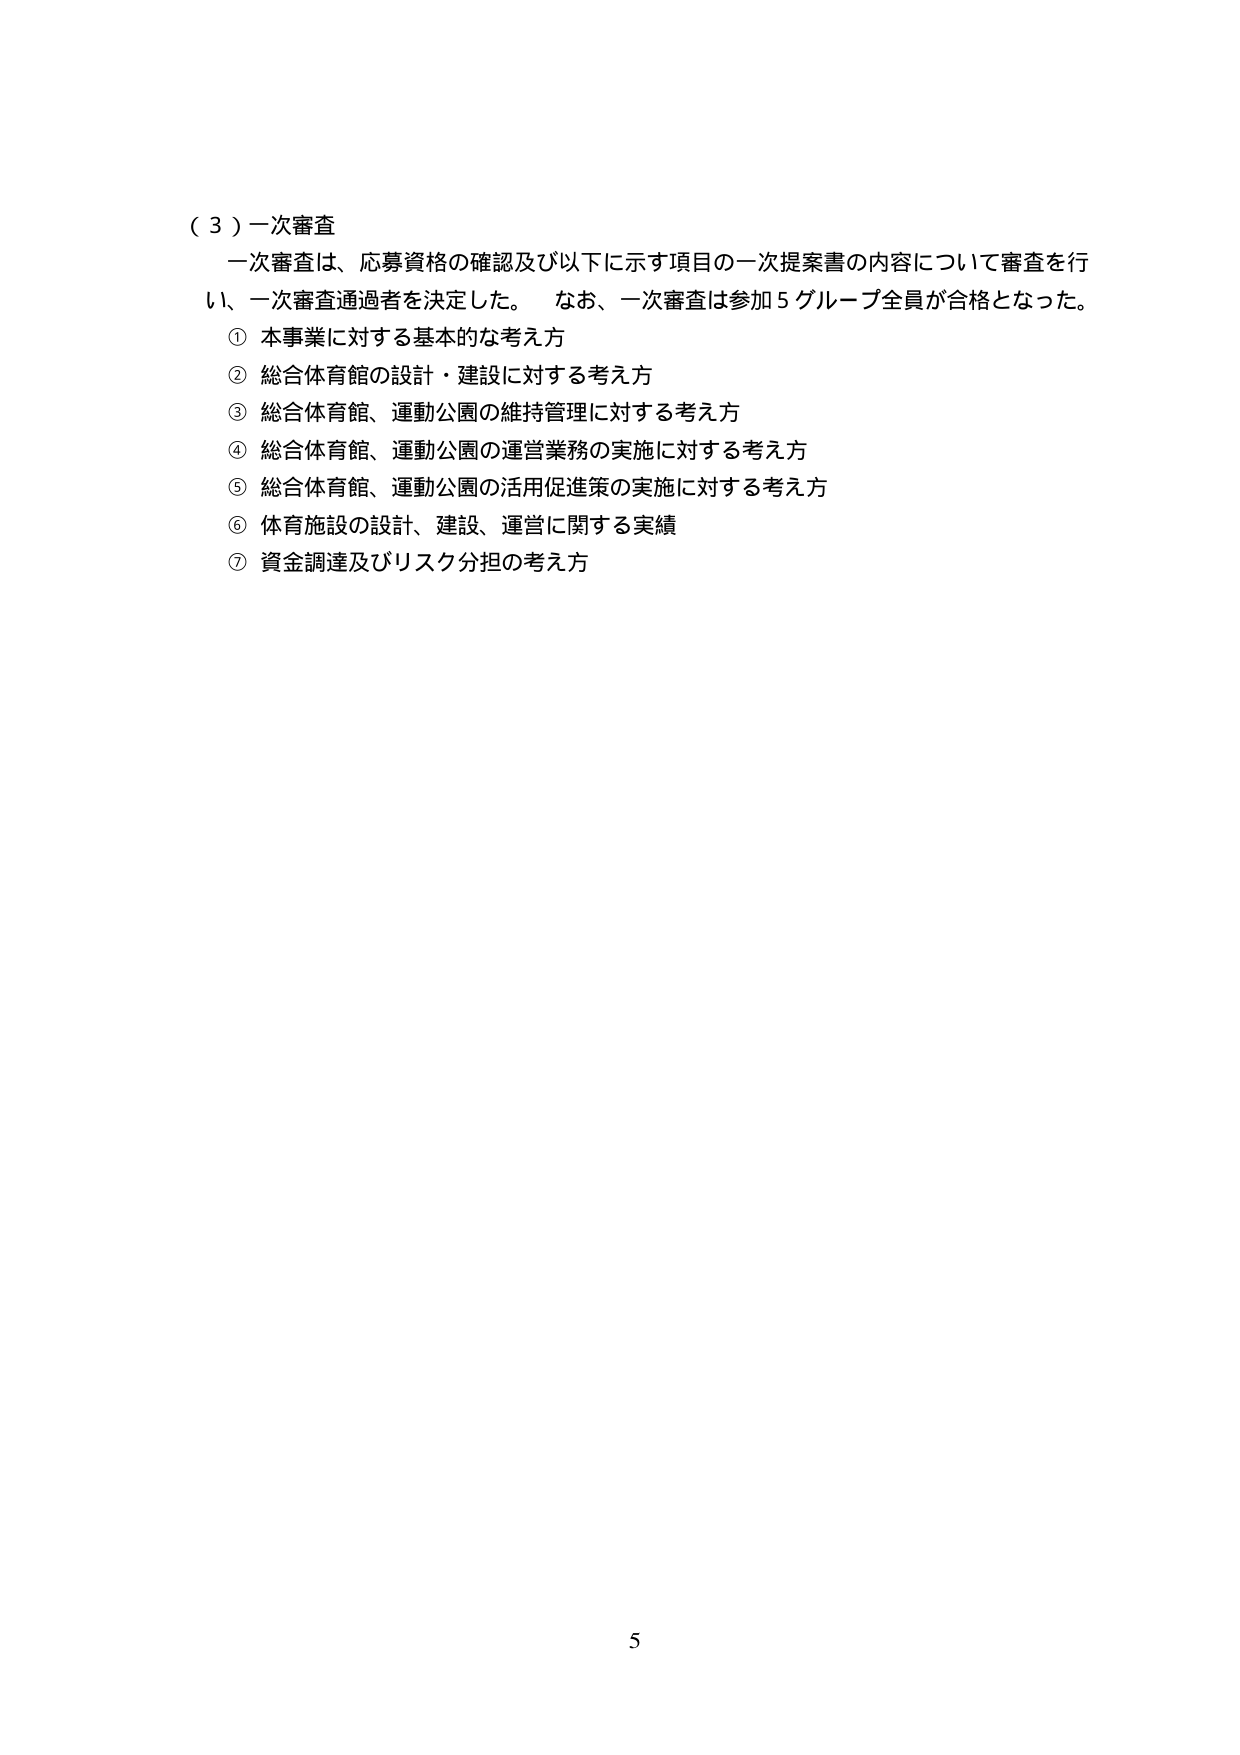
（３）一次審査
一次審査は、応募資格の確認及び以下に示す項目の一次提案書の内容について審査を行い、一次審査通過者を決定した。 なお、一次審査は参加５グループ全員が合格となった。
① 本事業に対する基本的な考え方
② 総合体育館の設計・建設に対する考え方
③ 総合体育館、運動公園の維持管理に対する考え方
④ 総合体育館、運動公園の運営業務の実施に対する考え方
⑤ 総合体育館、運動公園の活用促進策の実施に対する考え方
⑥ 体育施設の設計、建設、運営に関する実績
⑦ 資金調達及びリスク分担の考え方

5